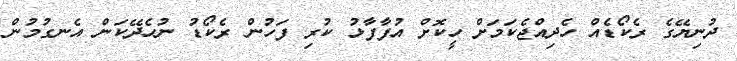
ދުނިޔޭގެ ރެކޯޑެއް ހެދިއްޖެކަމަށް ހީކޮށް އުފާފާޅު ކުރި ފަހުން ރެކޯޑު ނުހެދޭކަން އެނގުމުން